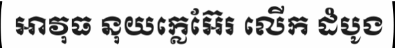
អាវុធ នុយក្លេអ៊ែរ លើក ដំបូង